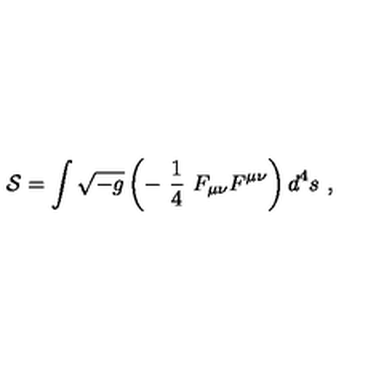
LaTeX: { \cal S } = \int \sqrt { - g } \left( - \ \frac { 1 } { 4 } \ F _ { \mu \nu } F ^ { \mu \nu } \right) d ^ { 4 } s \ ,